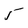
Character: 5